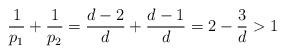
LaTeX: \begin{align*}\frac{1}{p_1} + \frac{1}{p_2}= \frac{d - 2}{d} + \frac{d - 1}{d}= 2 - \frac{3}{d}> 1\end{align*}